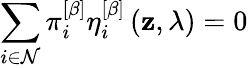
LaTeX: \sum_{i\in\mathcal{N}}\pi_{i}^{\left[\beta\right]}\eta_{i}^{\left[\beta\right]}\left(\mathbf{z},\lambda\right)=0